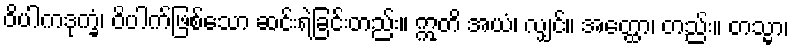
ဝိပါကဒုက္ခံ၊ ဝိပါက်ဖြစ်သော ဆင်းရဲခြင်းတည်း။ ဣတိ အယံ၊ လျှင်။ အတ္ထော၊ တည်း။ တသ္မာ၊